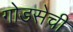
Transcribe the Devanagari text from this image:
गोडसेची